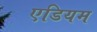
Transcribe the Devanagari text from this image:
एडियम